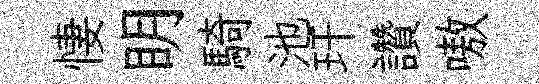
悽眀騎池玕讚嗷